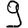
Digit: 9